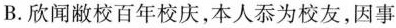
B.欣闻敝校百年校庆，本人忝为校友，因事